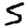
Digit: 5